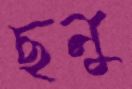
ছনু